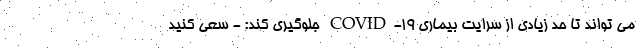
می تواند تا حد زیادی از سرایت بیماری COVID-۱۹ جلوگیری کند: - سعی کنید